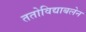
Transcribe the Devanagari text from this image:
ततोविद्याबलेन